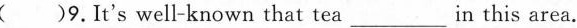
( )9.It's well-known that tea___in this area.